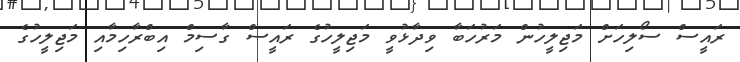
ރައީސް ސޯލިހަށް މަޖިލީހުން މަރުހަބާ ވިދާޅުވީ މަޖިލީހުގެ ރައީސް ގާސިމް އިބްރާހިމާއި މަޖިލީހުގެ